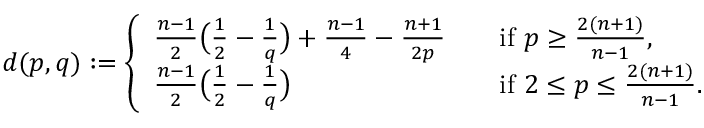
d ( p , q ) : = \left\{ \begin{array} { l l } { \frac { n - 1 } { 2 } \big ( \frac { 1 } { 2 } - \frac { 1 } { q } \big ) + \frac { n - 1 } { 4 } - \frac { n + 1 } { 2 p } } & { \quad \mathrm { i f ~ } p \geq \frac { 2 ( n + 1 ) } { n - 1 } , } \\ { \frac { n - 1 } { 2 } \big ( \frac { 1 } { 2 } - \frac { 1 } { q } \big ) } & { \quad \mathrm { i f ~ } 2 \leq p \leq \frac { 2 ( n + 1 ) } { n - 1 } . } \end{array} \right.